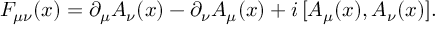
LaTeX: F _ { \mu \nu } ( x ) = \partial _ { \mu } A _ { \nu } ( x ) - \partial _ { \nu } A _ { \mu } ( x ) + i \, [ A _ { \mu } ( x ) , A _ { \nu } ( x ) ] .